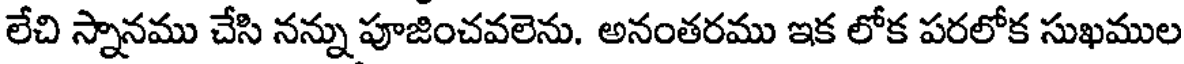
లేచి స్నానము చేసి నన్ను పూజించవలెను. అనంతరము ఇక లోక పరలోక సుఖముల